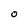
Character: O